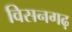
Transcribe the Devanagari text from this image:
विसनगढ़